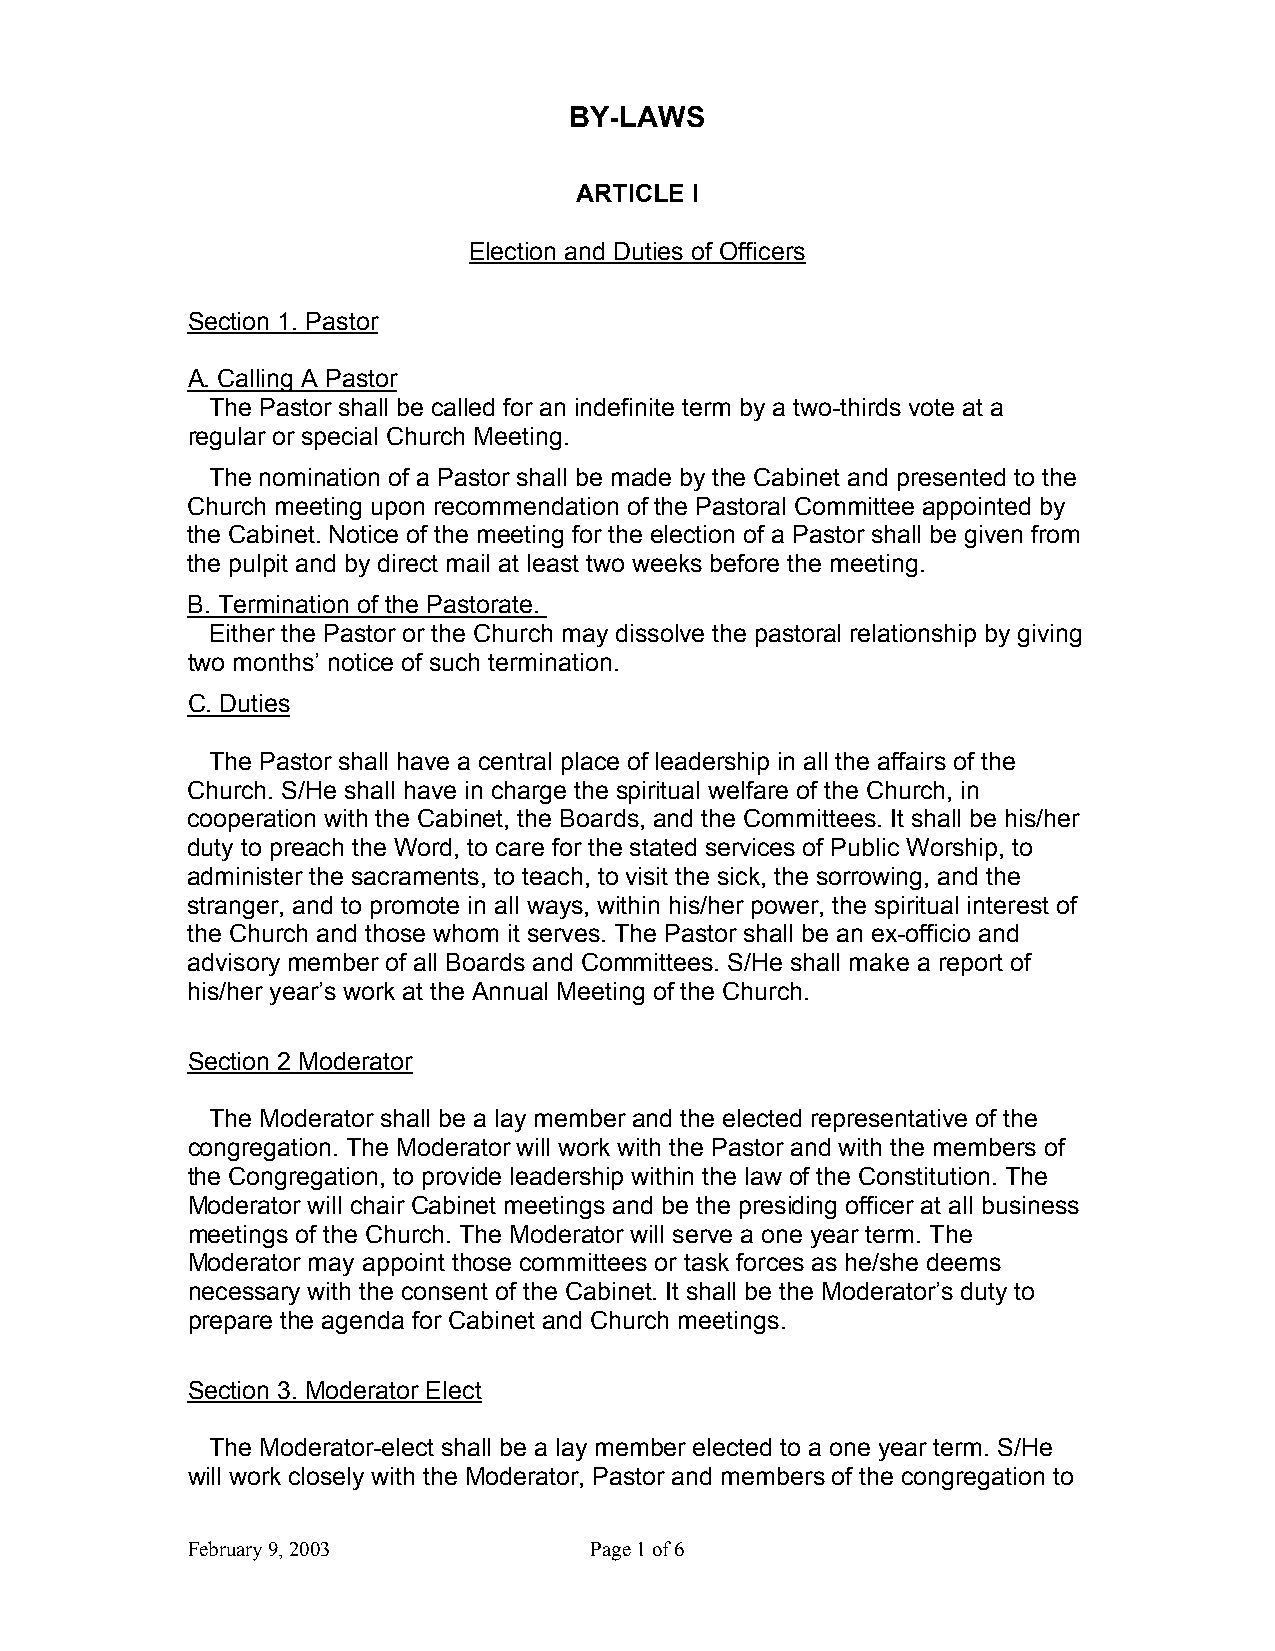
BY-LAWS
 ARTICLE I
 Election and Duties of Officers
 Section 1. Pastor
 A. Calling A Pastor
 The Pastor shall be called for an indefinite term by a two-thirds vote at a
 regular or special Church Meeting.
 The nomination of a Pastor shall be made by the Cabinet and presented to the
 Church meeting upon recommendation of the Pastoral Committee appointed by
 the Cabinet. Notice of the meeting for the election of a Pastor shall be given from
 the pulpit and by direct mail at least two weeks before the meeting.
 B. Termination of the Pastorate.
 Either the Pastor or the Church may dissolve the pastoral relationship by giving
 two months’ notice of such termination.
 C. Duties
 The Pastor shall have a central place of leadership in all the affairs of the
 Church. S/He shall have in charge the spiritual welfare of the Church, in
 cooperation with the Cabinet, the Boards, and the Committees. It shall be his/her
 duty to preach the Word, to care for the stated services of Public Worship, to
 administer the sacraments, to teach, to visit the sick, the sorrowing, and the
 stranger, and to promote in all ways, within his/her power, the spiritual interest of
 the Church and those whom it serves. The Pastor shall be an ex-officio and
 advisory member of all Boards and Committees. S/He shall make a report of
 his/her year’s work at the Annual Meeting of the Church.
 Section 2 Moderator
 The Moderator shall be a lay member and the elected representative of the
 congregation. The Moderator will work with the Pastor and with the members of
 the Congregation, to provide leadership within the law of the Constitution. The
 Moderator will chair Cabinet meetings and be the presiding officer at all business
 meetings of the Church. The Moderator will serve a one year term. The
 Moderator may appoint those committees or task forces as he/she deems
 necessary with the consent of the Cabinet. It shall be the Moderator’s duty to
 prepare the agenda for Cabinet and Church meetings.
 Section 3. Moderator Elect
 The Moderator-elect shall be a lay member elected to a one year term. S/He
 will work closely with the Moderator, Pastor and members of the congregation to
 February 9, 2003           Page 1 of 6